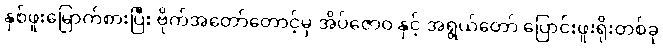
နှစ်ဖူးမြောက်စားပြီး ဗိုက်အတော်တောင့်မှ အိပ်ဇောဝ နှင့် အရွယ်တော် ပြောင်းဖူးရိုးတစ်ခု